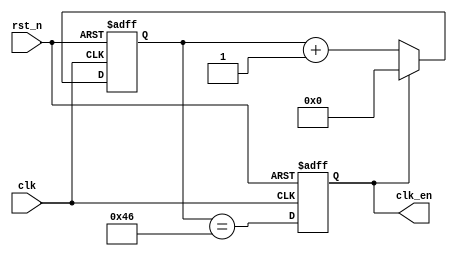
//******************************************************************
// Copyright (c) 2014 PANGO MICROSYSTEMS, INC
// ALL RIGHTS REVERVED.
//******************************************************************
`timescale 1ns/1ns
module pgr_clk_gen_32bit
#(
    parameter   CLK_FREQ    = 8'd50
)
(
    input           clk,
    input           rst_n,
    output  reg     clk_en  // divided from baud
);

reg     [15:0] cnt;

localparam CLK_DIV = (CLK_FREQ * 1000000 + 3 * 115200) / (6 * 115200) - 2;

always @(posedge clk or negedge rst_n)
begin
    if(~rst_n)
        cnt <= 16'b0;
    else if(clk_en)
        cnt <= 16'b0;
    else
        cnt <= cnt + 16'b1;
end

always @(posedge clk or negedge rst_n)
begin
    if(~rst_n)
        clk_en <= 1'b0;
    else
        clk_en <= (cnt == CLK_DIV);
end


endmodule //pgr_clk_gen